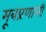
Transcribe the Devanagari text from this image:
मूत्रप्रणाली